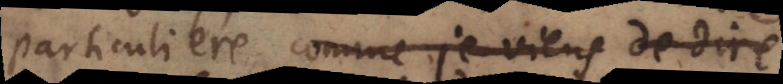
particuliere, comme je viens de dire